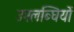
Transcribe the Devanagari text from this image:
उपलब्घियों